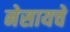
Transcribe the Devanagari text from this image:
नेसायचे